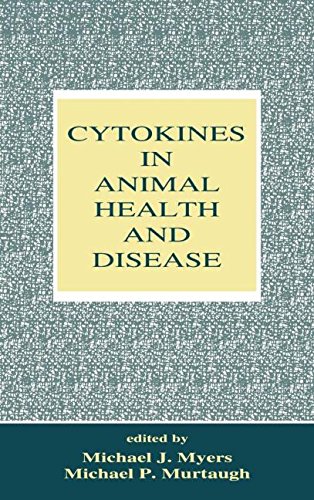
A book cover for Cytokines in Animal Health and Disease; Medical Books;